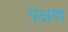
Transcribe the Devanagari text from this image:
पेक्षण